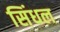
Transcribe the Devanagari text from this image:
सिंधल